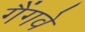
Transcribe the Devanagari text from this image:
गैंगवे